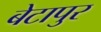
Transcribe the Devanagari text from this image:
बेटापुर